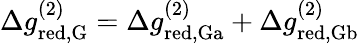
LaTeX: \begin{array}{r}{\Delta g_{\mathrm{red,G}}^{(2)}=\Delta g_{\mathrm{red,Ga}}^{(2)}+\Delta g_{\mathrm{red,Gb}}^{(2)}}\end{array}